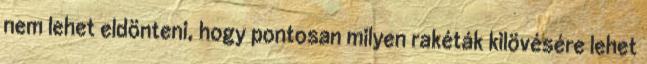
nem lehet eldönteni, hogy pontosan milyen rakéták kilövésére lehet